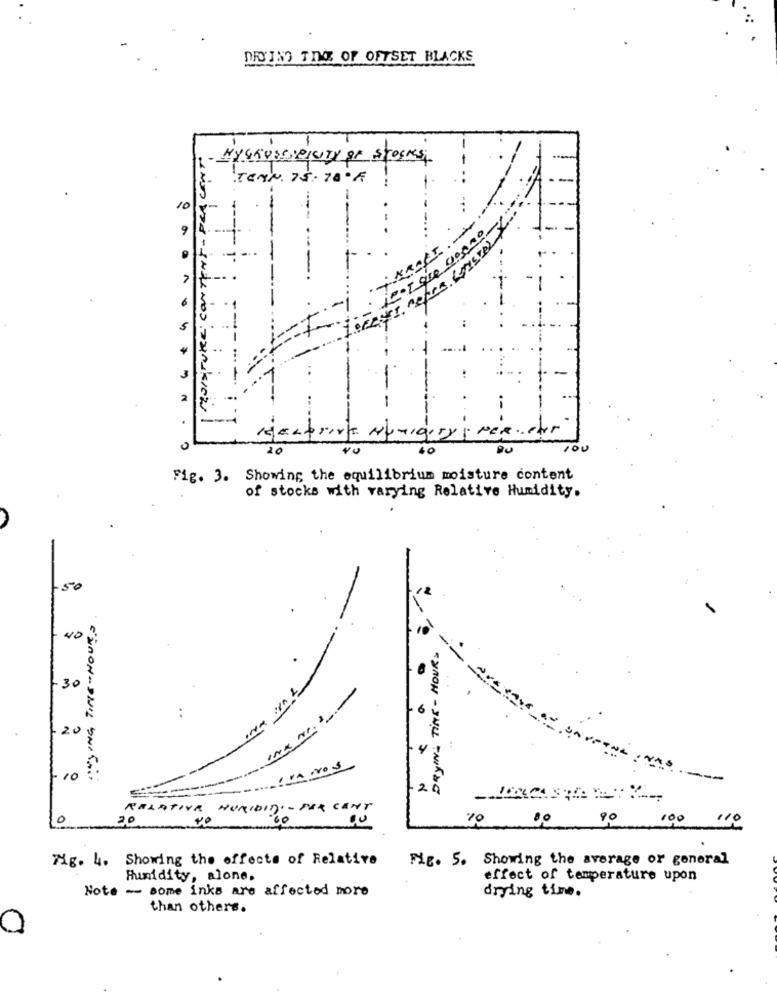
DU INO THE OF OFFSET BLACKS
Myshusenejury of stockesi
TEAN. 75.70ºF
10
2
UNDDEN - INdeNOS zziniSIEZU
100
Fig. 3. Showing the equilibrium moisture content
of stocks with varying Relative Humidity.
150
NO
DRYIN - TIME - HOURS
30
..
-
-20
.4
10
E'UnON-DNIL SNICHTS
---
.2
--
RELATIVA HUMIDIDI - PER CENT
0
20
00
90
100
110
Mig. 4. Showing the effects of Relative
Fig. 5. Showing the average or general
Humidity, alone.
effect of temperature upon
Note - some inks are affected more
drying time.
than others.
0